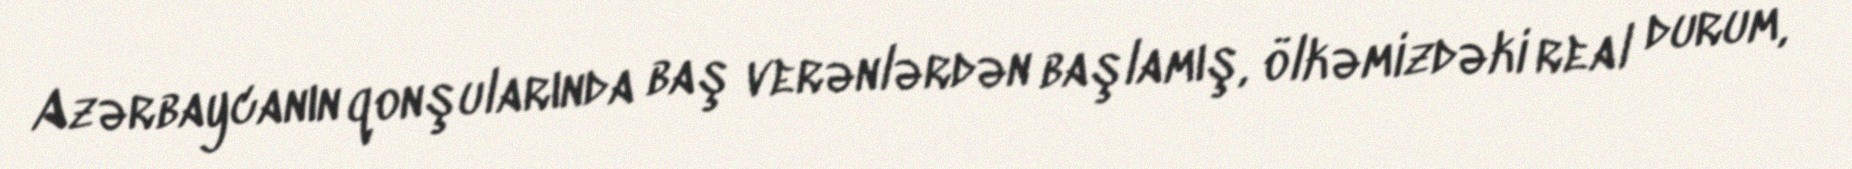
Azərbaycanın qonşularında baş verənlərdən başlamış, ölkəmizdəki real durum,